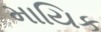
માયિક